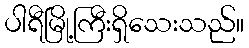
ပါရီမြို့ကြီးရှိသေးသည်။